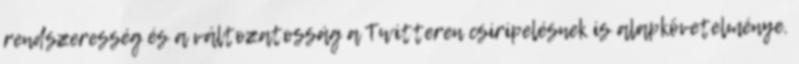
rendszeresség és a változatosság a Twitteren csiripelésnek is alapkövetelménye.